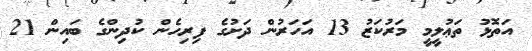
އަތޮޅު ތަޢުލީމީ މަރުކަޒު 13 އަހަރުން ދަށުގެ ފިރިހެން ކުދިންގެ ބައިން 21